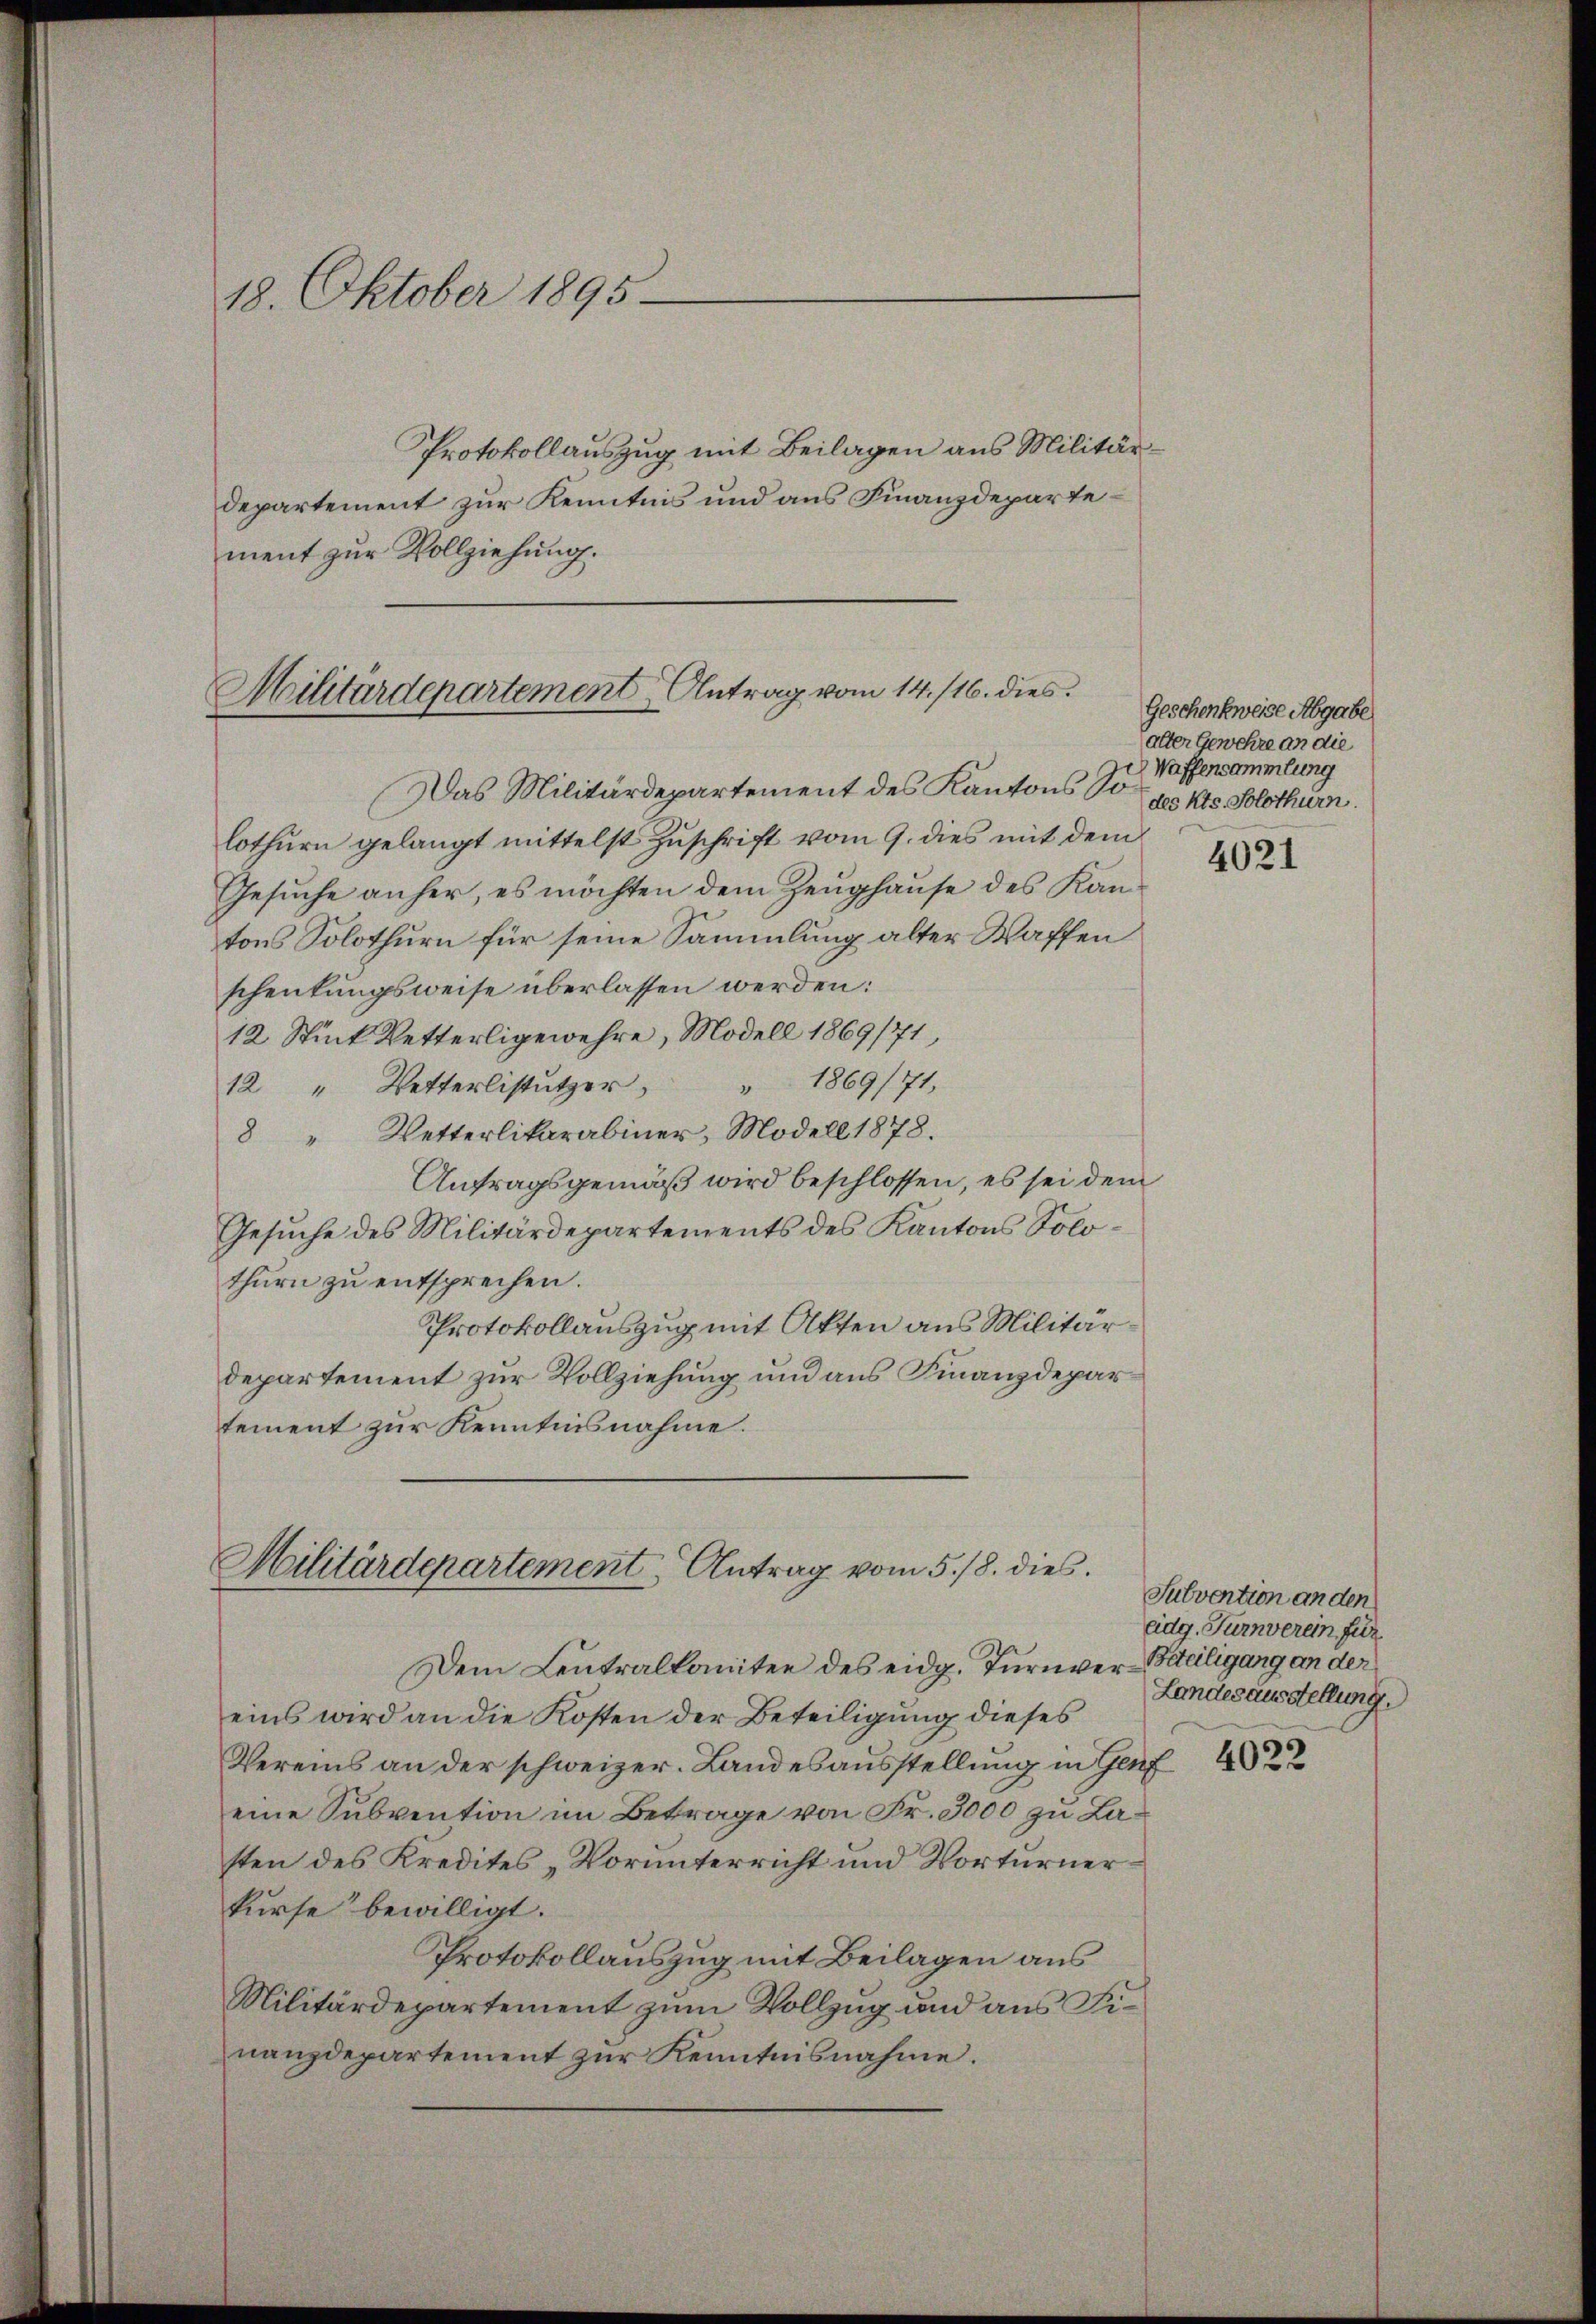
—
18. Oktober 1895

Protokollauszug mit Beilagen aus Militärdepartement zur Kenntnis und aus Finanzdepartement zur Vollziehung.

Militärdepartement Antrag vom 14. /16. dies
Das Militärdepartement des Kantons So¬

lothurn gelangt mittelst Zuschrift vom 9. dies mit dem
Gesuche anher, es möchten dem Zeughause des Kantons Solothurn für seine Sammlung alter Waffen
schenkungsweise überlassen werden:
12 Stück Vetterligewehre, Modell 1869/71,
12 " Wetterlistützer " 1869/71,
8 " Wetterlikarabiner, Modell 1878.
Anfragsgemäß wird beschlossen, es sei dem
Gesuche des Militärdepartements des Kantons Solothurn zu entsprechen.
Protokollauszug mit Akten aus Militärdepartement zur Vollziehung und aus Finanzdepartement zur Kenntnisnahme.

Militärdepartement Antrag vom 5./8. dies

Dem Leutralkomitee des eidg. Turnver-Beteiligung an der
eins wird an die Kosten der Beteiligung dieses
Vereins an der schweizer. Landesausstellung in Genf
eine Subvention im Betrage von Fr. 3000 zu Lasten des Kredites „Vorunterricht und Vorturner
kurse bewilligt.
Protokollauszug mit Beilagen aus
Militärdepartement zum Vollzug und aus Finanzdepartement zur Kenntnisnahme.

Geschenkweise Abgabe
alter Gewehre an die
Waffensammlung
des Kts. Solothurn.

4021

Subvention anden
eidg. Turnverein für
Landesausstellung.

4022